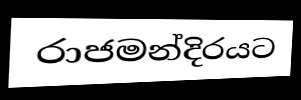
රාජමන්දිරයට